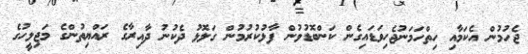
ޖެހުމުން އެކަމާއި ހިތްހަމަނުޖެހިވަޑައިގެން ކަންބޮޑުވުން ފާޅުކުރުމުން ގަލޮޅު ދެކުނު ދާއިރާގެ ރައްޔިތުންގެ މަޖިލީހުގެ